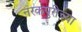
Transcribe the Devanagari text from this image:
नरकपुरीच्या